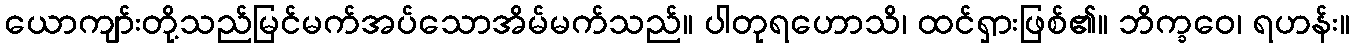
ယောကျာ်းတို့သည်မြင်မက်အပ်သောအိမ်မက်သည်။ ပါတုရဟောသိ၊ ထင်ရှားဖြစ်၏။ ဘိက္ခဝေ၊ ရဟန်း။